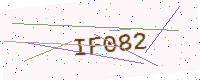
Text: IF082